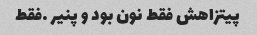
پیتزاهش فقط نون بود و پنیر …فقط